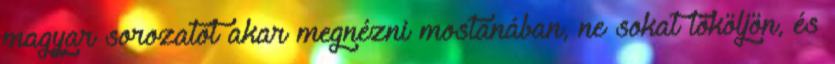
magyar sorozatot akar megnézni mostanában, ne sokat tököljön, és